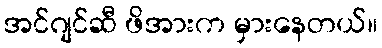
အင်ဂျင်ဆီ ဖိအားက မှားနေတယ်။